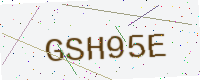
Text: GSH95E